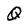
Character: Q